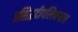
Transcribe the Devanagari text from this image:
प्रसिद्धदीपलिकयात्र